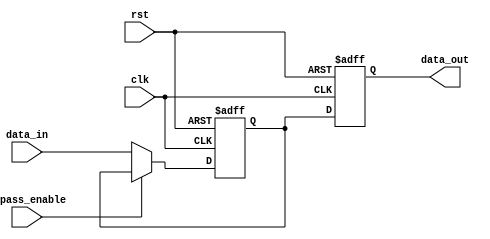
module BypassRegister (
    input wire clk,
    input wire rst,
    input wire bypass_enable,
    input wire [7:0] data_in,
    output reg [7:0] data_out
);

reg [7:0] storage;

always @(posedge clk or posedge rst) begin
    if (rst) begin
        storage <= 8'b0;
        data_out <= 8'b0;
    end else begin
        if (bypass_enable) begin
            data_out <= storage;
        end else begin
            storage <= data_in;
            data_out <= storage;
        end
    end
end

endmodule